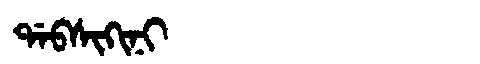
Manchu: ᡩᠠᠪᠰᡳᡴᡳᠨᡳ
Romanization: DABSIKINI